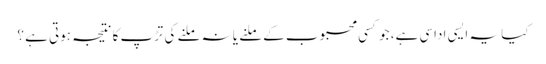
کیا یہ ایسی اداسی ہے، جو کسی محبوب کے ملنے یا نہ ملنے کی تڑپ کا نتیجہ ہوتی ہے ؟